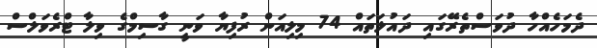
ދެމަހެއްހާ ދުވަސްތެރޭގައި ދައުލަތައް 74 މިލިއަން ރުފިޔާ ވަނީ ގާސިމްގެ ވިލާ ޓްރެވަލްސް